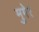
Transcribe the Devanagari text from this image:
मुगेर